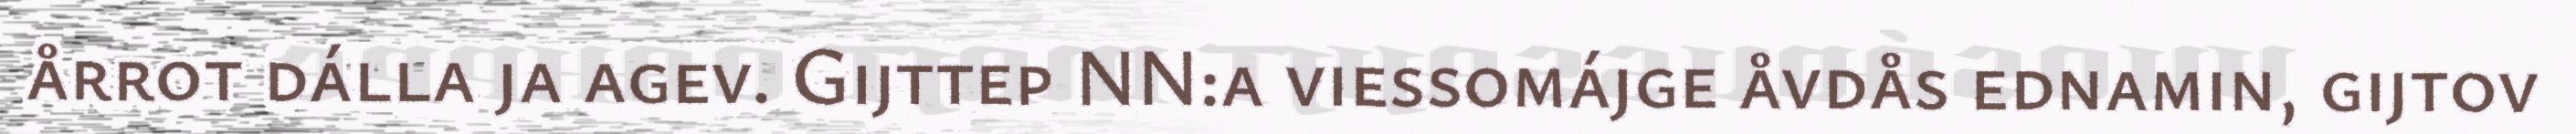
årrot dálla ja agev. Gijttep NN:a viessomájge åvdås ednamin, gijtov